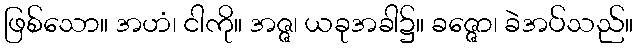
ဖြစ်သော။ အဟံ၊ ငါကို။ အဇ္ဇ၊ ယခုအခါ၌။ ခဇ္ဇော၊ ခဲအပ်သည်။